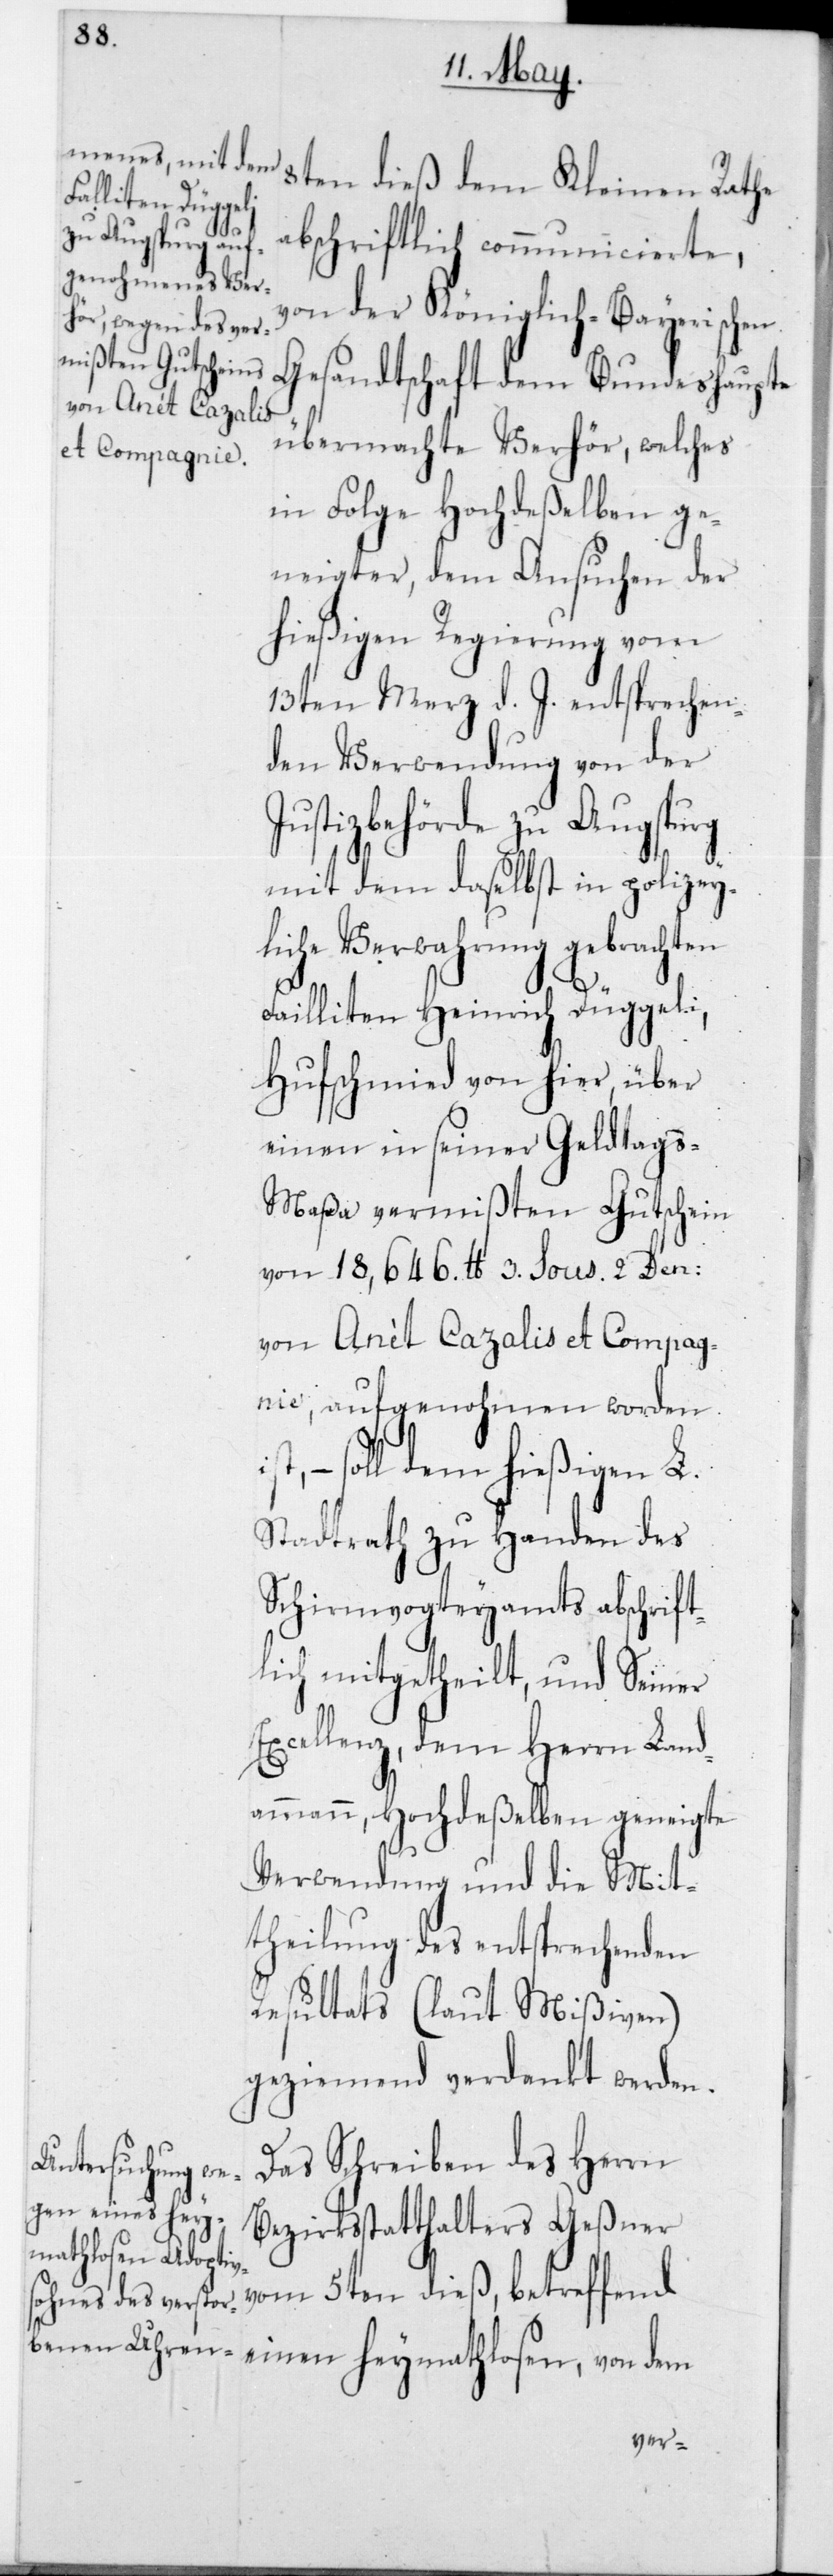
E¬
8ten dieß dem Kleinen Rathe
abschriftlich communicierte,
von der Königlich-Bayerischen
Gesandtschaft dem Bundeshaupte
übermachte Verhör, welches
in Folge Hochdeßelben ge¬
neigter, dem Ansuchen der
hießigen Regierung vom
13ten März d .J. entsprechen¬
den Verwendung von der
Justizbehörde zu Augspurg
mit dem daselbst in polizey¬
liche Verwahrung gebrachten
Failliten Heinrich Düggeli,
Hufschmied von hier, über
einen in seiner Geldtag¬
s-Maßa vermißten Gutschein
von 18'646 lb. 3 Sous 2 Den.
von Anèt Cazalis et Compag¬
nie, aufgenohmen worden
– soll dem hießigen L.
Stadtrath zu Handen des
Schirmvogteyamts abschrift¬
lich mitgetheilt und Seiner
xcellenz, dem Herrn Land¬
ammann, Hochdeßelben geneigte
Verwendung und die Mit¬
theilung des entsprechenden
Resultats (laut Mißiven)
geziemend verdankt werden.
Das Schreiben des Herrn
Bezirksstatthalters Geßner
vom 5ten dieß, betreffend
einen heymathlosen, von dem